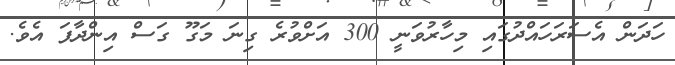
ހަދަން އެސަރަހައްދުގައި މިހާރުވަނީ 300 އަށްވުރެ ގިނަ މަގޫ ގަސް އިންދާފަ އެވެ.